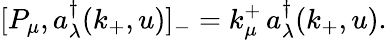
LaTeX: [P_{\mu},a_{\lambda}^{\dagger}(k_{+},u)]_{-}=k_{\mu}^{+}\, a_{\lambda}^{\dagger}(k_{+},u).